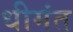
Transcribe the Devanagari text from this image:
धीमंत